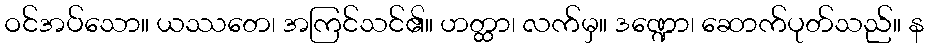
ဝင်အပ်သော။ ယဿတေ၊ အကြင်သင်၏။ ဟတ္ထာ၊ လက်မှ။ ဒဏ္ဍော၊ ဆောက်ပုတ်သည်။ န